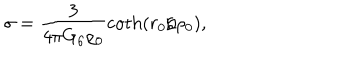
\sigma = \frac { 3 } { 4 \pi G _ { 6 } \rho _ { 0 } } \coth \left( r _ { 0 } / \rho _ { 0 } \right) ,